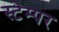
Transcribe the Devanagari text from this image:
स्टेम्पर